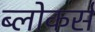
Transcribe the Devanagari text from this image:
ब्लोकर्स